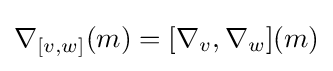
\nabla _{[v,w]}(m)=[\nabla _{v},\nabla _{w}](m)